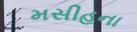
મસીહના